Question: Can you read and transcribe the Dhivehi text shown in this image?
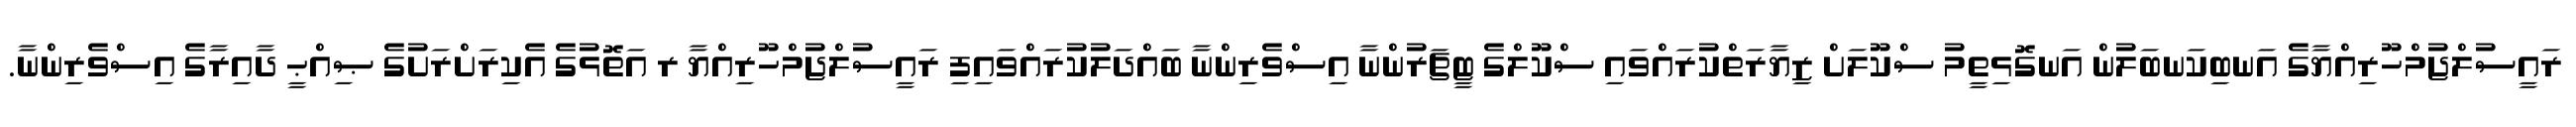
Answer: ރައީސުލްޖުމްހޫރިއްޔާގެ އަނބިކަނބަލުން އަނގޮޅިތީމު ސްކޫލަށް ޒިޔާރަތްކުރައްވައި ސްކޫލްގެ ޓީޗަރުންނާ އިސްވެރިންނާ ބައްދަލުކުރައްވައިފި ރައީސުލްޖުމްހޫރިއްޔާ ރ އަތޮޅުގެ އެކިރަށްރަށުގެ ޞިއްޙީ ދާއިރާގެ އިސްވެރިންނާ.